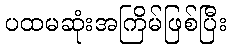
ပထမဆုံးအကြိမ်ဖြစ်ပြီး